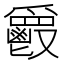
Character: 𩰥